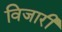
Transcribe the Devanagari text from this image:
विजारी